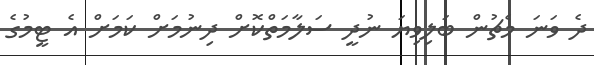
ދެ ވަނަ މެޗުން ބަލިވިޔަ ނުދީ ސަލާމަތްކޮށް ދިނުމަށް ކަމަށް އެ ޓީމުގެ